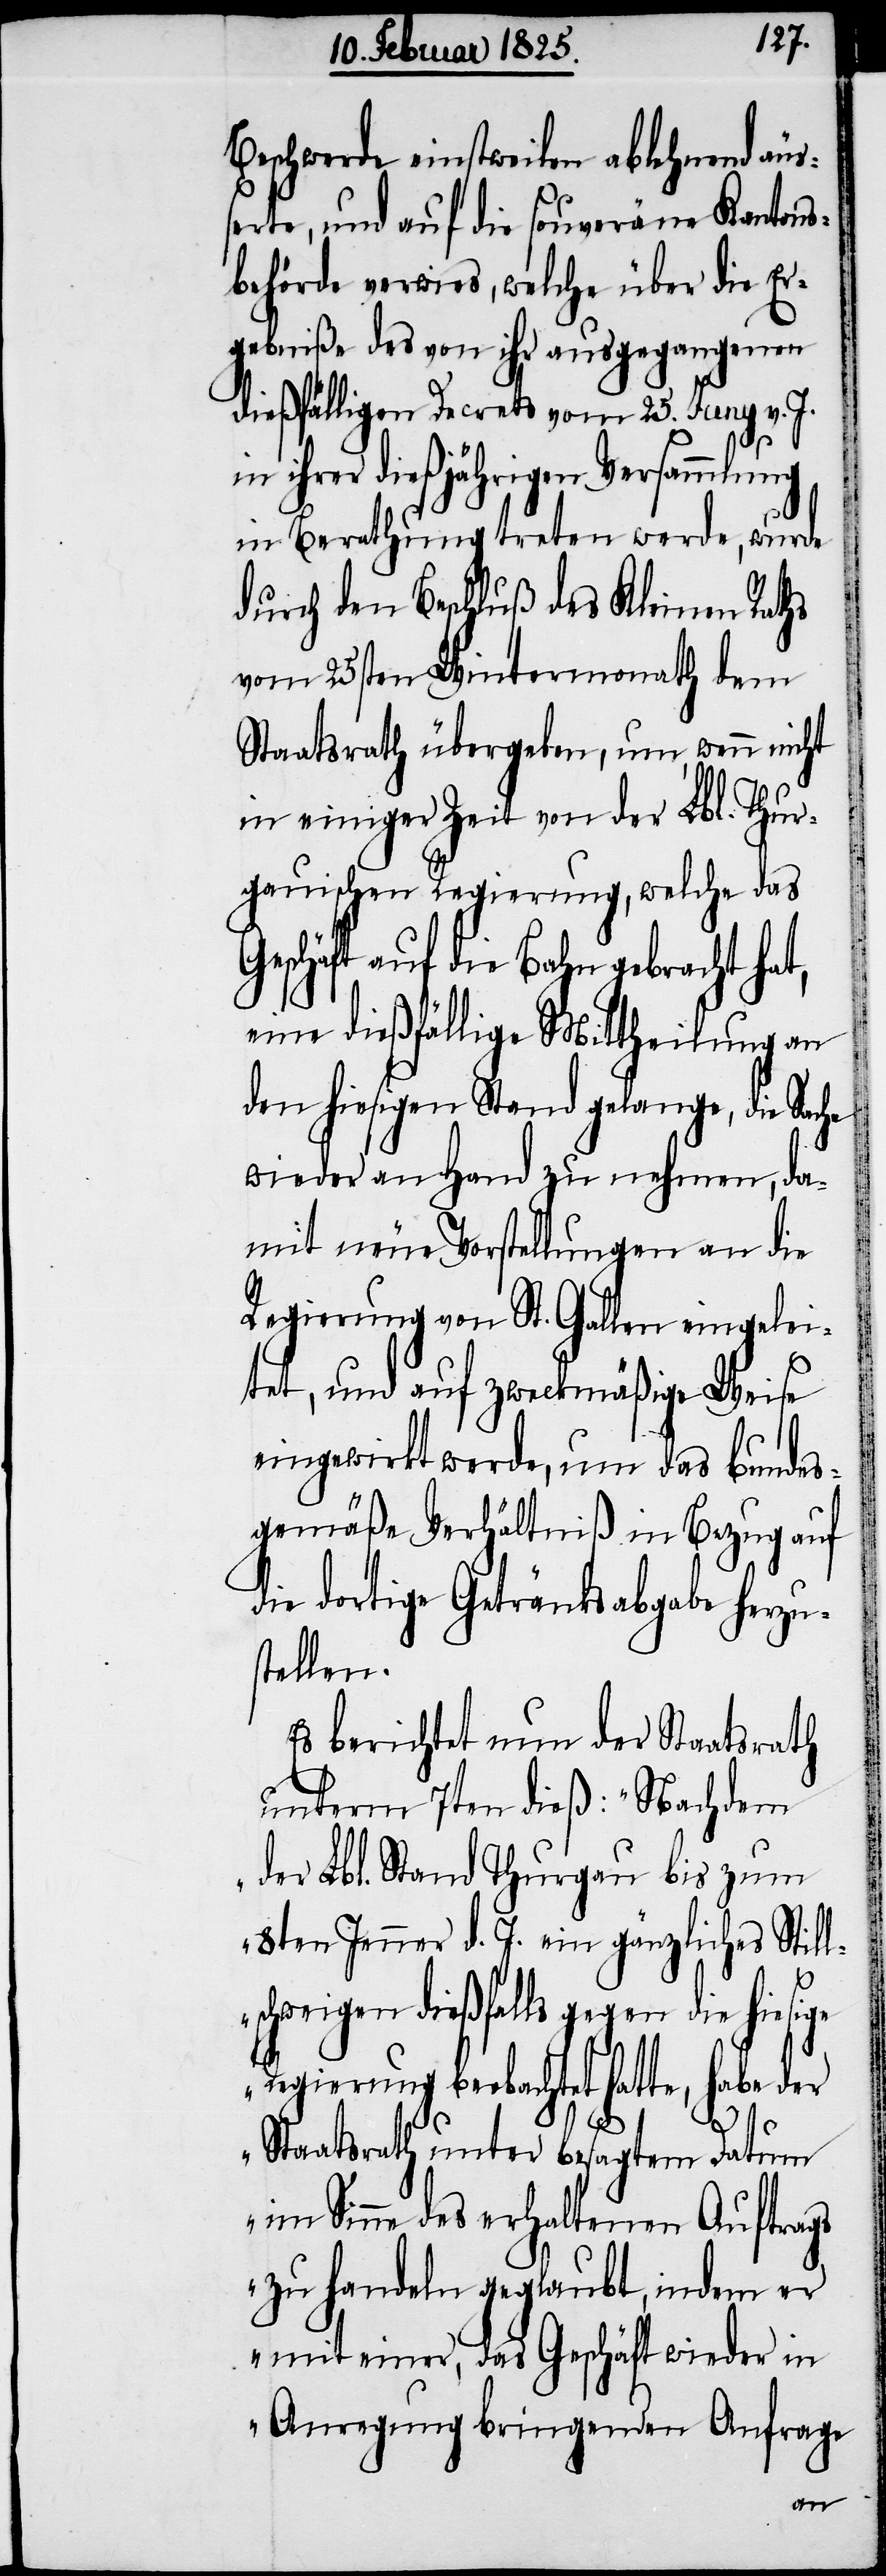
Beschwerde einstweilen ablehnend äuß¬
erte, und auf die souveräne Kantons¬
behörde verwies, welche über die Er¬
gebniße des von ihr ausgegangenen
dießfälligen Decrets vom 25. Juny v. J.
in ihrer dießjährigen Versammlung
in Berathung treten werde, wurde
durch den Beschluß des Kleinen Raths
vom 25sten Wintermonath dem
Staatsrath übergeben, um, wenn nicht
in einiger Zeit von der Lbl. Thur¬
gauischen Regierung, welche das
Geschäft auf die Bahn gebracht ha¬
eine dießfällige Mittheilung an
den hiesigen Stand gelange, die Sache
wieder an Hand zu nehmen, da¬
mit neue Vorstellungen an die
Regierung von St. Gallen eingelei¬
tet, und auf zweckmäßige Weise
eingewirkt werde, um das bundes¬
gemäße Verhältniß in Bezug auf
die dortige Getränksabgabe herzu¬
stellen.
Es berichtet nun der Staatsrath
unterm 7ten dieß: „Nachdem
der Lbl. Stand Thurgau bis zum
8ten Jenner d. J. ein gänzliches Still¬
chweigen dießfalls gegen die
Regierung beobachtet hatte, habe der
s¬
Staatsrath unter besagtem Datum
im Sinne des erhaltenen Auftrags
zu handeln geglaubt, indem er
mit einer, das Geschäft wieder in
Anregung bringenden Anfrage